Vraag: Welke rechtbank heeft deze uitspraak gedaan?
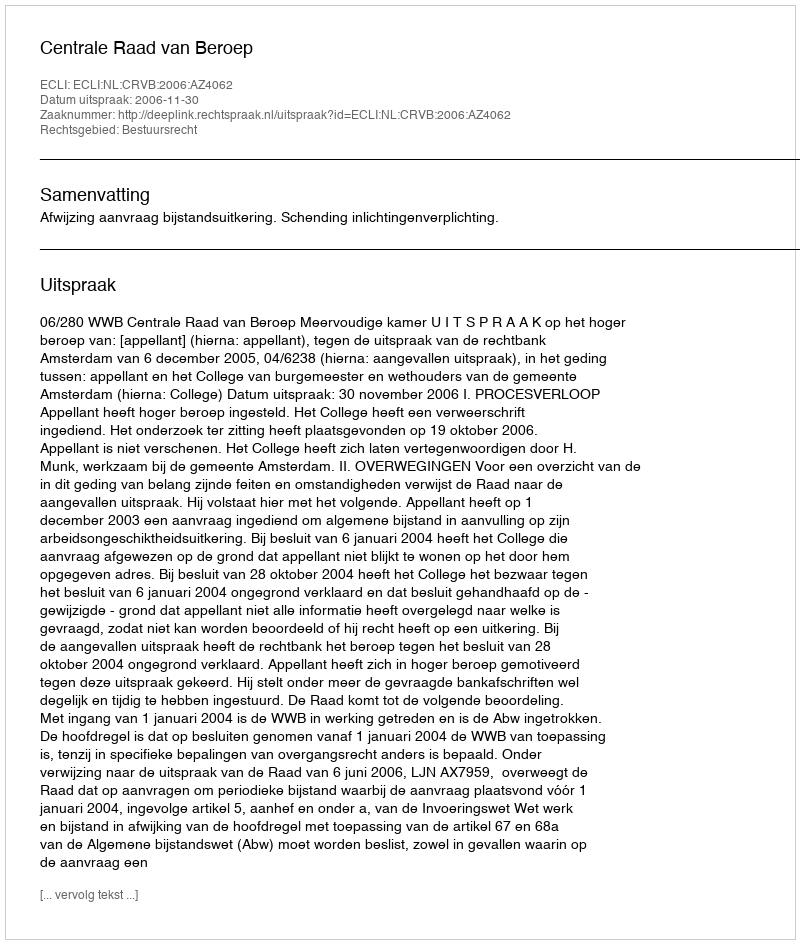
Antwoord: Centrale Raad van Beroep